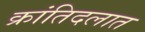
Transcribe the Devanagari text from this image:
क्रांतिदलात